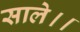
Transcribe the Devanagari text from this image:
साले।।